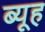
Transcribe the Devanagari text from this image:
ब्यूह